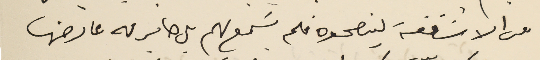
من الاساقفة لينصحوه فلم يسَمع لهم بل صاير له عارض